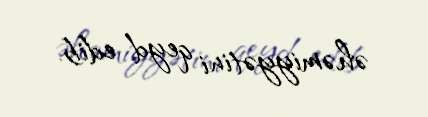
əhəmiyyətini qeyd edib.